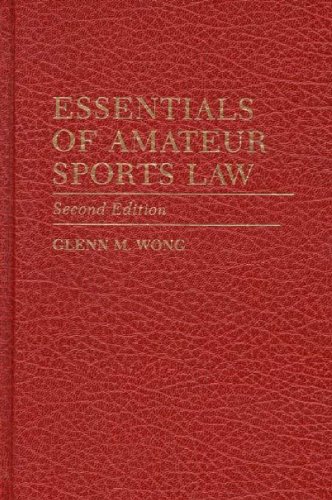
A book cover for Essentials of Amateur Sports Law; Glenn M. Wong; Law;